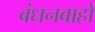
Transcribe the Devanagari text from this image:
बंधनबाहों